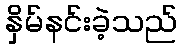
နှိမ်နင်းခဲ့သည်